Veterinary regulations India, 1935 -
Year: 1935
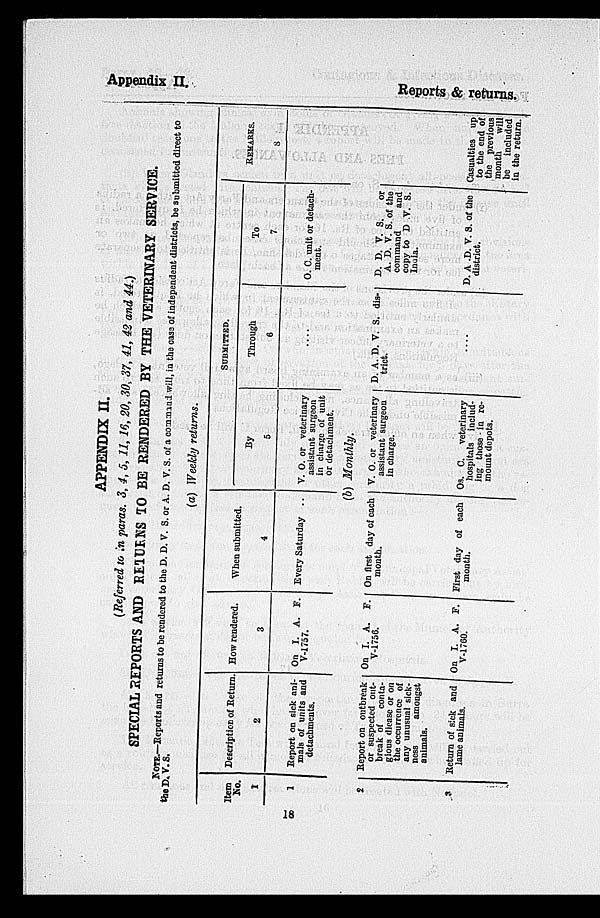
Appendix II.
Reports & returns.
APPENDIX II.
(Referred to in paras. 3, 4, 5, 11, 16, 20, 30, 37, 41, 42 and 44.)
SPECIAL REPORTS AND RETURNS TO BE RENDERED BY THE VETERINARY SERVICE.
NOTE.—Reports and returns to be rendered to the D. D. V. S. or A. D. V. S. of a command will, in the case of independent districts, be submitted direct to
the D. V. S.
(a) Weekly returns.
Item
No.
1
1
Description of Return.
2
Report on sick ani-
mals of units and
detachments.
How rendered.
3
On I. A. F.
V-1757.
When submitted.
4
Every Saturday ..
SUBMITTED.
By
5
V. O. or veterinary
assistant surgeon
in charge of unit
or detachment.
Through
6
....
To
7
O. C. unit or detach-
ment.
REMARKS.
8
(b) Monthly.
2
3
Report on outbreak
or suspected out-
break of conta-
gious diease or on
the occurrence of
any unusual sick-
ness
amongst
animals.
Return of sick and
lame animals.
On I. A. F.
V-1756.
On I. A. F.
V-1760.
On first day of each
mouth.
First day of each
month.
V. O. or veterinary
assistant surgeon
in charge.
Os. C. veterinary
hospitals includ-
ing those in re-
mount depots.
D. A. D. V. S. dis-
trict.
...
D. D. V. S. or
A. D. V. S. of the
command
and
copy to D .V. S.
India.
D. A. D. V. S. of the
district.
Casualties up
to the end of
the previous
month
will
be included
in the return.
18